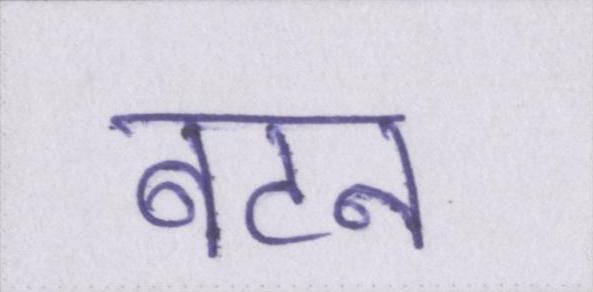
बटन